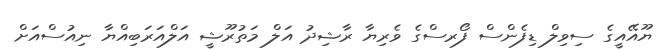
ޔޫއޭއީގެ ސިވިލް ޑިފެންސް ފޯރސްގެ ވެރިޔާ ރާޝިދު އަލް މަތުރޫޝީ އަލްއަރަބިއްޔާ ނިއުސްއަށް